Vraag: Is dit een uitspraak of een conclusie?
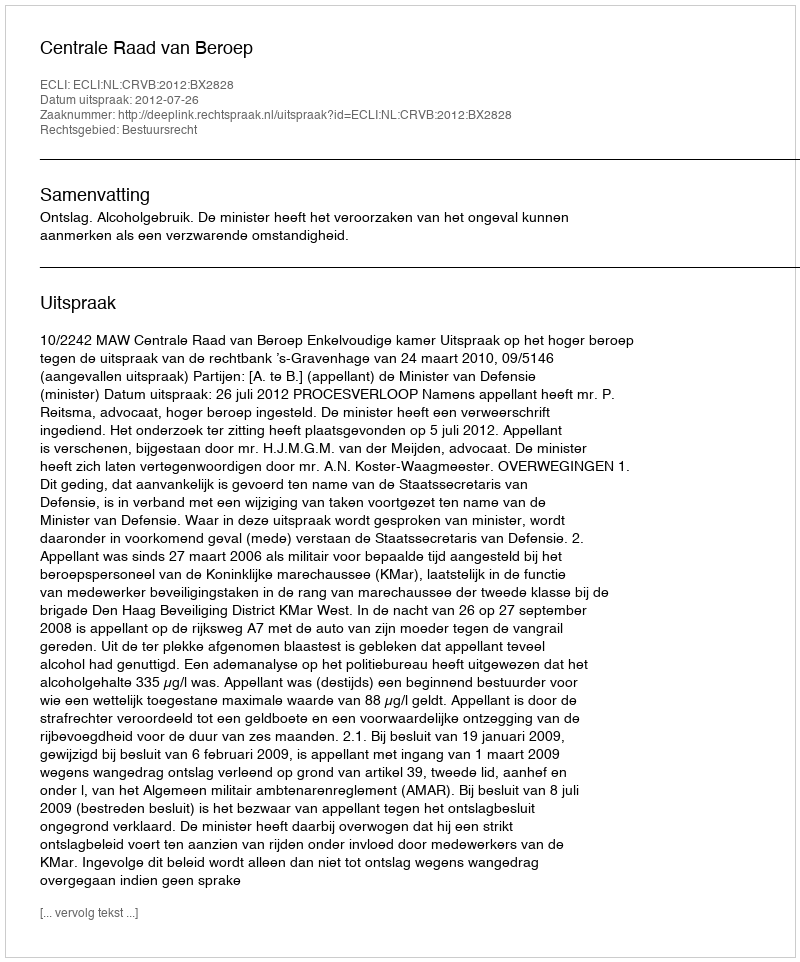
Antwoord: Uitspraak